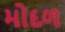
મોદળ